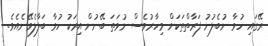
ރޭގައި ހުވާ ނުބެލުނު ފަރާތްތަކަށް މިހާރުވެސް ނުވަތަ ބޭނުން އިރަކު ހުވާ ބަލާލެވޭނެއެވެ.